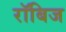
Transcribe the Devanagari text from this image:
रॉबिज